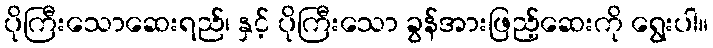
ပိုကြီးသောဆေးရည်၊ နှင့် ပိုကြီးသော ခွန်အားဖြည့်ဆေးကို ရွေးပါ။